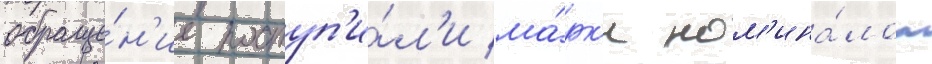
обраще́н'ие поступ'и́л'и ма́рк'и ном'ина́лом